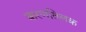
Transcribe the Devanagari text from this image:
करणतिलक